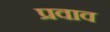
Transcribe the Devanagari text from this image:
प्रवाव